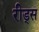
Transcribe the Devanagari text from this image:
रीड्स